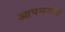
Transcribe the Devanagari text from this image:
आपनजन